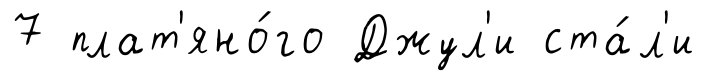
7 плат'яно́го Джул'и ста́л'и